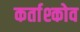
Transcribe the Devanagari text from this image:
कर्ताश्कोव